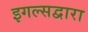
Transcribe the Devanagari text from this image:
इगल्सद्वारा